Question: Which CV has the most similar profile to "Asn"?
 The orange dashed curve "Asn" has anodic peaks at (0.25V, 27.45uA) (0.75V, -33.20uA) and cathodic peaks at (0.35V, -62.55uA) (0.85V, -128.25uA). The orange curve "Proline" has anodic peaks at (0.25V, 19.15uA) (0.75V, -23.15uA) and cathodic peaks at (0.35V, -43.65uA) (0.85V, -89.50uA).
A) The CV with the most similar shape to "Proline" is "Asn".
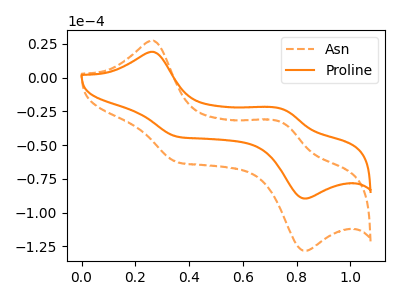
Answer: <think>All the peaks in "Asn" have a peak in "Proline" at the same potential.
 </think>
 <answer>A) The CV with the most similar shape to "Proline" is "Asn".</answer>
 <eval>A</eval>